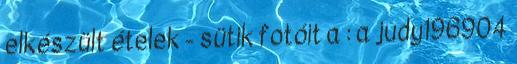
elkészült ételek - sütik fotóit a : a judy196904